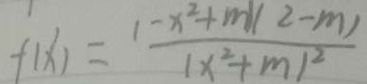
f ( x ) ^ { \prime } = \frac { ( - x ^ { 2 } + m ) ( 2 - m ) } { ( x ^ { 2 } + m ) ^ { 2 } }